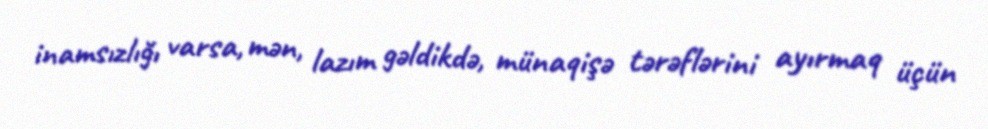
inamsızlığı varsa, mən, lazım gəldikdə, münaqişə tərəflərini ayırmaq üçün